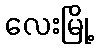
လေးမြို့